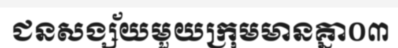
ជនសង្ស័យមួយក្រុមមានគ្នា០៣